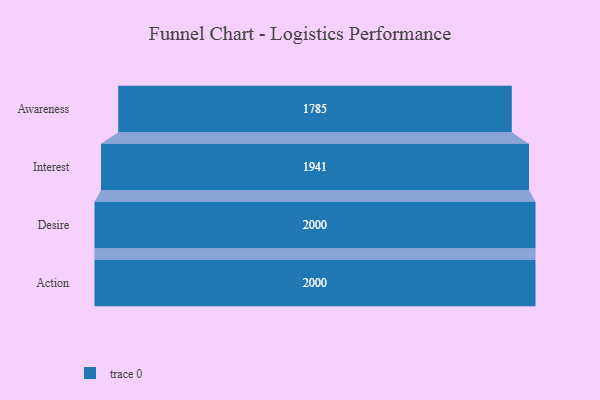
{"axis": {"x": "Stage", "y": "Value"}, "legend": [""], "data": [{"x": "Awareness", "y": 1785.0, "type": ""}, {"x": "Interest", "y": 1941.0, "type": ""}, {"x": "Desire", "y": 2000, "type": ""}, {"x": "Action", "y": 2000, "type": ""}]}